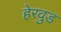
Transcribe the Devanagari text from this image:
हेरवुड